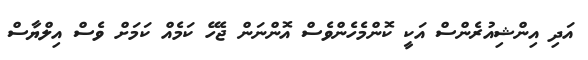
އަދި އިންޝިއުރެންސް އަކީ ކޮންމެހެންވެސް އޮންނަން ޖެހޭ ކަމެއް ކަމަށް ވެސް އިލްޔާސް